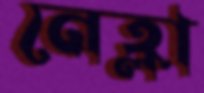
নেহ্লা